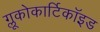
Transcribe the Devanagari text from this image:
ग्लूकोकार्टिकॉइड